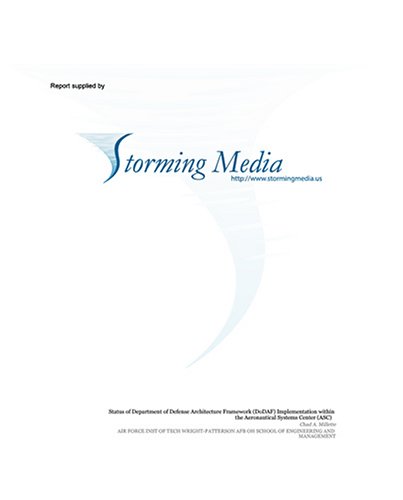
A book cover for Multiple Model Adaptive Estimation and Control Redistribution for the Vista F-16; Robert W. Lewis; Health, Fitness & Dieting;